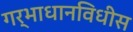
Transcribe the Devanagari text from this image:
गर्भाधानविधीस